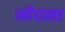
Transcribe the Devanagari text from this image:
लॉराला